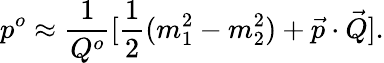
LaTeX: p^{o}\approx{\frac{1}{Q^{o}}}[{\frac{1}{2}}(m_{1}^{2}-m_{2}^{2})+\vec{p}\cdot\vec{Q}].